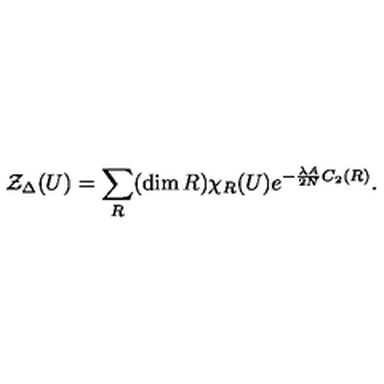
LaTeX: { \cal Z } _ { \Delta } ( U ) = \sum _ { R } ( \dim R ) \chi _ { R } ( U ) e ^ { - \frac { \lambda A } { 2 N } C _ { 2 } ( R ) } .